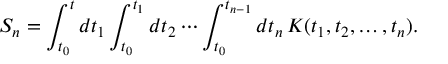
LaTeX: S _ { n } = \int _ { t _ { 0 } } ^ { t } d t _ { 1 } \int _ { t _ { 0 } } ^ { t _ { 1 } } d t _ { 2 } \cdots \int _ { t _ { 0 } } ^ { t _ { n - 1 } } d t _ { n } \, K ( t _ { 1 } , t _ { 2 } , \dots , t _ { n } ) .